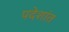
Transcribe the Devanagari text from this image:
पदेशांत